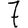
Digit: 7